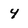
Character: 4